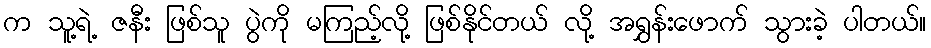
က သူ့ရဲ့ ဇနီး ဖြစ်သူ ပွဲကို မကြည့်လို့ ဖြစ်နိုင်တယ် လို့ အရွှန်းဖောက် သွားခဲ့ ပါတယ်။